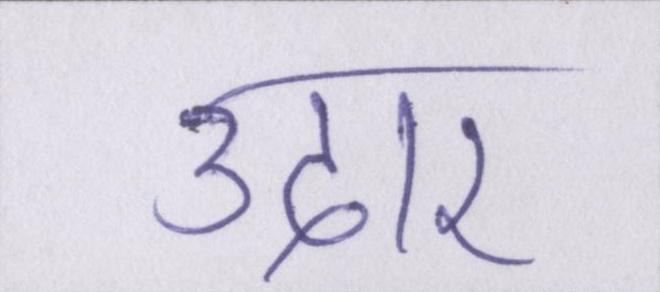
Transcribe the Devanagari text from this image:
उदार